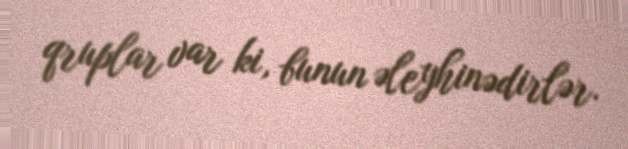
qruplar var ki, bunun əleyhinədirlər.